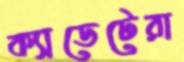
ক্যাডেটেরা